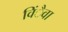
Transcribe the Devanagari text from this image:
विंैवा